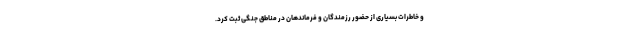
و خاطرات بسیاری از حضور رزمندگان و فرماندهان در مناطق جنگی ثبت کرد.